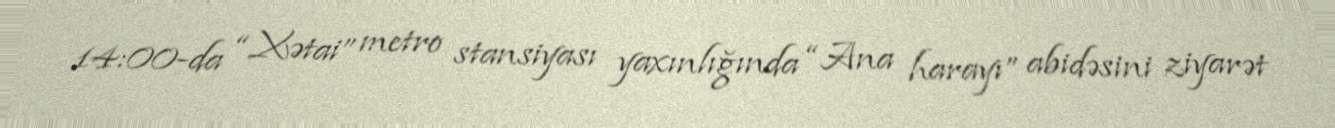
14:00-da “Xətai” metro stansiyası yaxınlığında “Ana harayı” abidəsini ziyarət